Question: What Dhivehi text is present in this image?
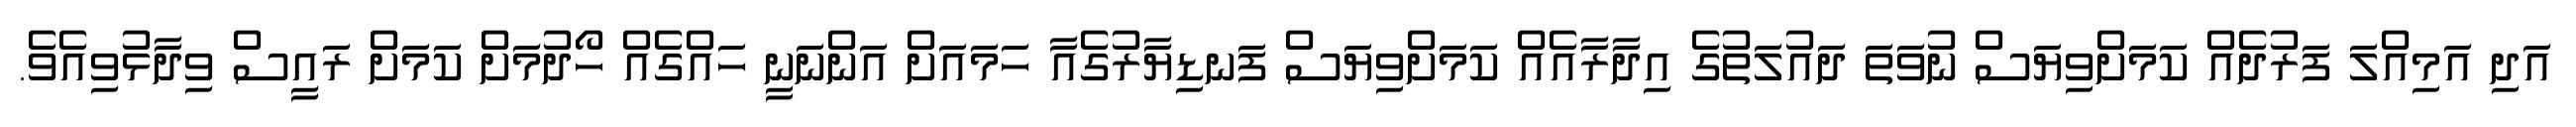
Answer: އަދި އަމިއްލަ ފަރުދެއް ކަމަށްވިޔަސް ނުވަތަ ދައުލަތުގެ އިދާރާއެއް ކަމަށްވިޔަސް ފަނޑިޔާރުގެއާ ހަމައަށް އަންނަނީ ހައްގެއް ހޯދުމަށް ކަމަށް ރައީސް ވިދާޅުވިއެވެ.